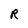
Character: R